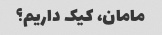
مامان، کیک داریم؟